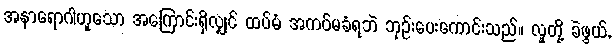
အနာရောဂါဟူသော အကြောင်းရှိလျှင် ထပ်မံ အကပ်မခံရဘဲ ဘုဉ်းပေးကောင်းသည်။ လူတို့ ခဲဖွယ်,